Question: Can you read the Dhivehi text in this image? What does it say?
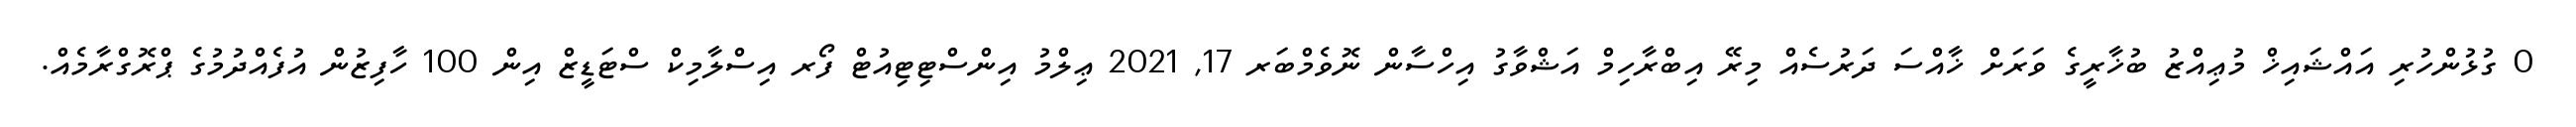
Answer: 0 ގުޅުންހުރި އައްޝައިޚް މުޢިއްޒު ބުޚާރީގެ ވަރަށް ޚާއްސަ ދަރުސެއް މިރޭ އިބްރާހިމް އަޝްވާގު އިހްސާން ނޮވެމްބަރ 17, 2021 ޢިލްމު އިންސްޓިޓިއުޓް ފޯރ އިސްލާމިކް ސްޓަޑީޒް އިން 100 ހާފިޒުން އުފެއްދުމުގެ ޕްރޮގްރާމެއް.